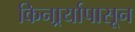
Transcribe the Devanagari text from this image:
किनार्र्यापासून